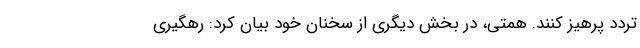
تردد پرهیز کنند. همتی، در بخش دیگری از سخنان خود بیان کرد: رهگیری